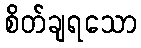
စိတ်ချရသော